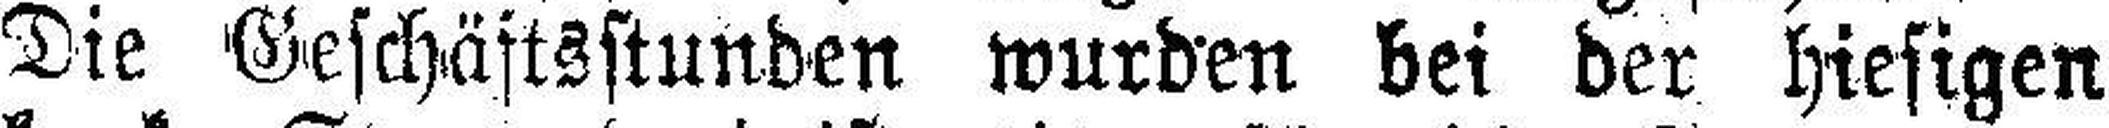
Die Geschäftsstunden wurden bei der hiesigen